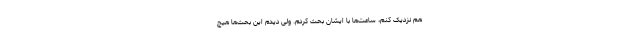
هم نزدیک کنم، ساعت‌ها با ایشان بحث کردم. ولی دیدم این بحث‌ها هیچ